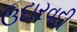
ઉદારવદી